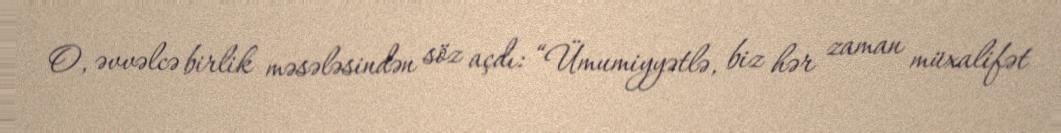
O, əvvəlcə birlik məsələsindən söz açdı: “Ümumiyyətlə, biz hər zaman müxalifət